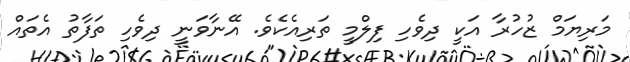
މަރިޔަމް ޒުހުރާ އަކީ ދިވެހި ފިލްމީ ތަރިއެކެވެ. އޭނާވަނީ ދިވެހި ތަފާތު އެތައް